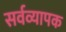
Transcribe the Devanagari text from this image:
सर्वव्‍यापक